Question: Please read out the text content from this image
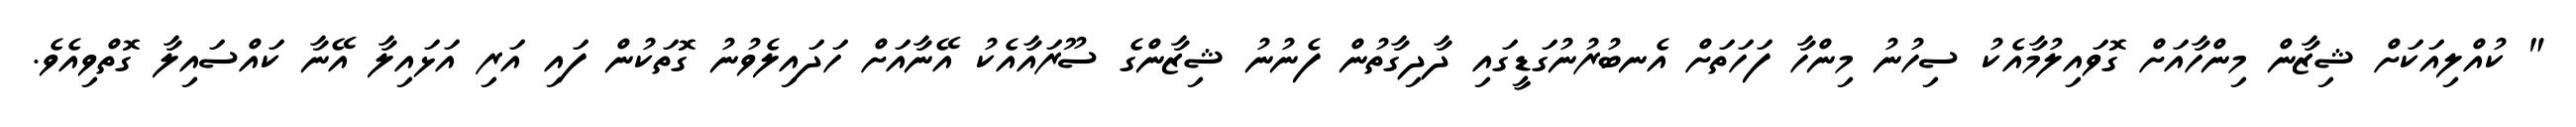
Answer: " ކުއްލިއަކަށް ޝިޒާން މިންހާއަށް ގޮވައިލުމާއެކު ސިހުނު މިންހާ ފަހަތަށް އެނބުރުނުގަޑީގައި ދާދިގާތުން ފެނުނު ޝިޒާންގެ ސޫރައާއެކު އޭނާއަށް ހަދައިލެވުނު ގޮތަކުން ފައި އަރި އަޅައިލާ އޭނާ ކައްސައިލާ ގޮތްވިއެވެ.